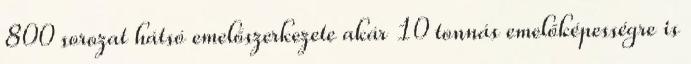
800 sorozat hátsó emelőszerkezete akár 10 tonnás emelőképességre is